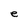
Character: e